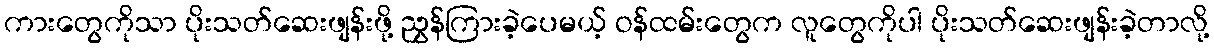
ကားတွေကိုသာ ပိုးသတ်ဆေးဖျန်းဖို့ ညွှန်ကြားခဲ့ပေမယ့် ဝန်ထမ်းတွေက လူတွေကိုပါ ပိုးသတ်ဆေးဖျန်းခဲ့တာလို့